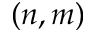
( n , m )